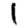
Digit: 1